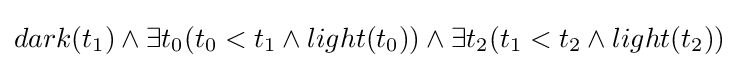
dark(t_{1})\land \exists t_{0}(t_{0}<t_{1}\land light(t_{0}))\land \exists t_{2}(t_{1}<t_{2}\land light(t_{2}))